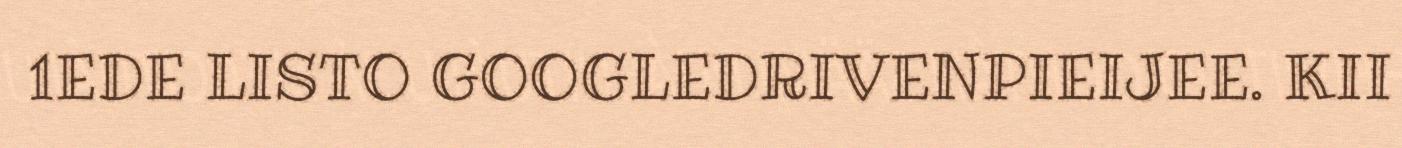
1EDE LISTO GOOGLEDRIVENPIEIJEE. KII